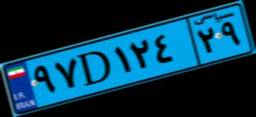
۹۷D۱۲۴۲۹